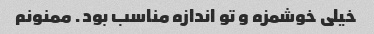
خیلی خوشمزه و تو اندازه مناسب بود. ممنونم